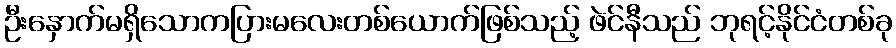
ဦးနှောက်မရှိသောကပြားမလေးတစ်ယောက်ဖြစ်သည့် ဖဲင်နီသည် ဘုရင့်နိုင်ငံတစ်ခု